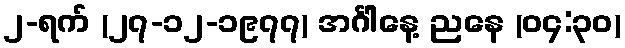
၂-ရက် (၂၇-၁၂-၁၉၇၇) အင်္ဂါနေ့ ညနေ (၀၄:၃၀)